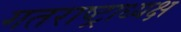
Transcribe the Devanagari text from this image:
गतराष्ट्राध्यक्ष